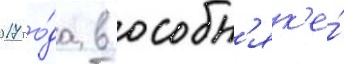
2017 го́да в особн'як'е́